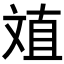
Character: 𱡤